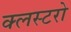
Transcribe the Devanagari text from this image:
क्लस्टरो